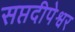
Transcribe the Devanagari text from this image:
सप्तदीपेश्वर